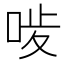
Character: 𠳰